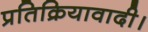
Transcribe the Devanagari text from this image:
प्रतिक्रियावादी।